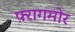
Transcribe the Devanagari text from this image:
फ़्रागमोर